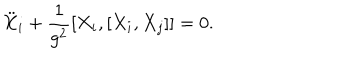
LaTeX: \ddot { X } _ { i } + \frac { 1 } { g ^ { 2 } } [ X _ { i } , [ X _ { i } , X _ { j } ] ] = 0 .